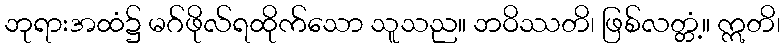
ဘုရားအထံ၌ မဂ်ဖိုလ်ရထိုက်သော သူသည။ ဘဝိဿတိ၊ ဖြစ်လတ္တံ့။ ဣတိ၊